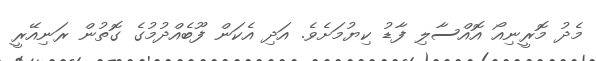
މެދު މޮރީނިއޯ އޮއްސާލި ފާޑު ކިޔުމަށެވެ. އަދި އެކަން ފޫބެއްދުމުގެ ގޮތުން ރަނިއޭރީ